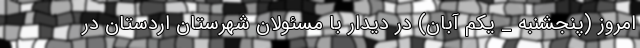
امروز (پنجشنبه _ یکم آبان) در دیدار با مسئولان شهرستان اردستان در